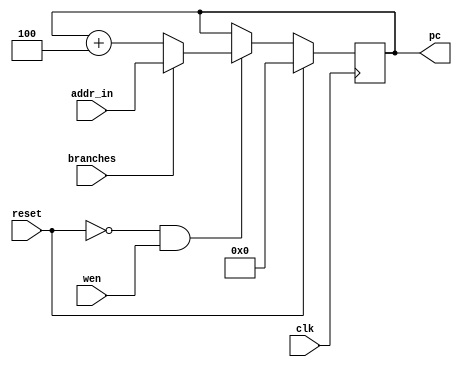
`timescale 1ns / 1ps
//////////////////////////////////////////////////////////////////////////////////
// Company: 
// Engineer: 
// 
// Design Name: 
// Module Name: program_counter
// Project Name: 
// Target Devices: 
// Tool Versions: 
// Description: 
// 
// Dependencies: 
// 
// Revision:
// Revision 0.01 - File Created
// Additional Comments:
// 
//////////////////////////////////////////////////////////////////////////////////


module program_counter(
    input clk,
    input reset,
    
    input wen,
    input branches,
    input [31:0] addr_in,
    
    output reg [31:0] pc
);
    
    always @(posedge clk) begin
        if ( reset ) begin
            pc <= 0;
        end else if ( !reset && wen ) begin
            if ( !branches ) begin
                pc <= pc + 4;
            end else begin
                pc <= addr_in;
            end
        end
    end

endmodule